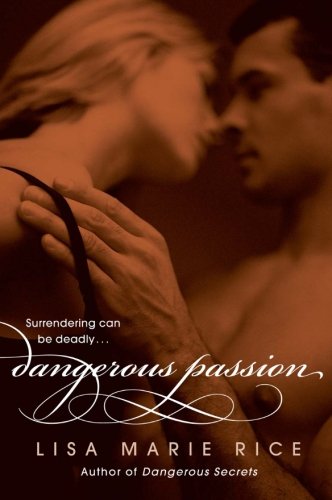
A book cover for Dangerous Passion (The Dangerous Trilogy); Lisa Marie Rice; Romance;